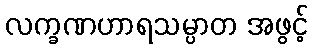
လက္ခဏဟာရသမ္ပာတ အဖွင့်